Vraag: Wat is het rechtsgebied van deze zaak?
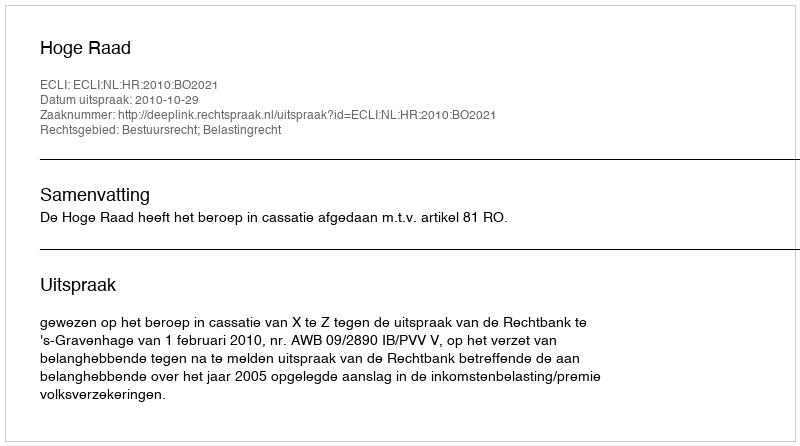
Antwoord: Bestuursrecht; Belastingrecht